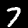
Digit: 7